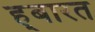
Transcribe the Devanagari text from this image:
ह्बारत